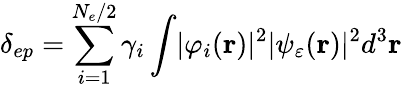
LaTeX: \delta_{ep}=\sum_{i=1}^{N_{e}/2}\gamma_{i}\int\lvert\varphi_{i}(\mathbf{r})\rvert^{2}\lvert\psi_{\varepsilon}(\mathbf{r})\rvert^{2}d^{3}\mathbf{r}